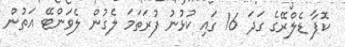
ކޮޕާ ޑެލްރޭގެ ގަދަ 16 ގައި ކުޅުނު ފުރަތަމަ ލެގުން ލެވަންޓޭ އަތުން